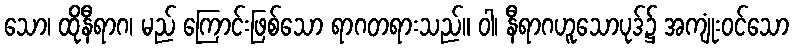
သော၊ ထိုနီရာဂ၊ မည် ကြောင်းဖြစ်သော ရာဂတရားသည်။ ဝါ၊ နီရာဂဟူသောပုဒ်၌ အကျုံးဝင်သော